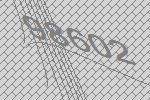
98602